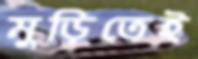
মুড়িতেই